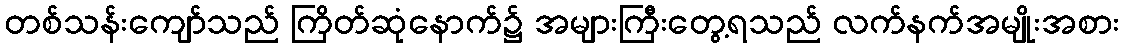
တစ်သန်းကျော်သည် ကြိတ်ဆုံနောက်၌ အများကြီးတွေ့ရသည် လက်နက်အမျိုးအစား